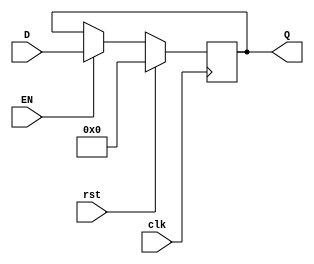
`timescale 1ns / 1ps
//////////////////////////////////////////////////////////////////////////////////
// Company: 
// Engineer: 
// 
// Design Name: 
// Module Name:    PC 
// Project Name: 
// Target Devices: 
// Tool versions: 
// Description: 
//
// Dependencies: 
//
// Revision: 
// Revision 0.01 - File Created
// Additional Comments: 
//
//////////////////////////////////////////////////////////////////////////////////
module REG_32(
	input wire clk, rst, EN,
	input wire [31:0] D,
	output reg [31:0] Q
    );

always @ (posedge clk) begin
	if (rst) begin
		Q = 32'h00000000;
	end
	else if (EN) begin
		Q = D;
	end
end

endmodule